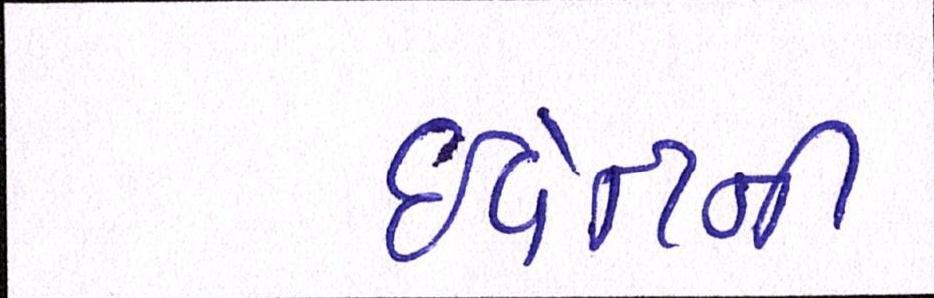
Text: ઇવેન્ટની